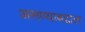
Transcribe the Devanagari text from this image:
असण्याबद्दाल